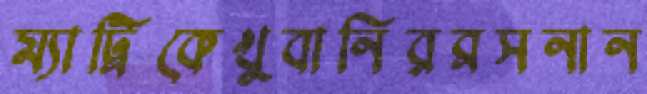
ম্যাট্রিকেখুবানিরব্রসনান